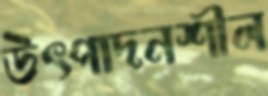
উৎপাদনশীল